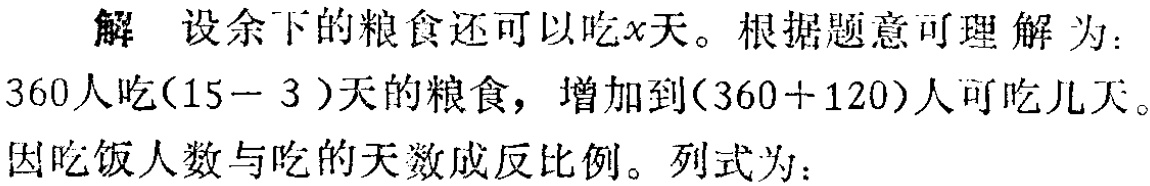
解 设余下的粮食还可以吃\(x\)天。根据题意可理解为：
\(360\)人吃\((15 - 3)\)天的粮食，增加到\((360 + 120)\)人可吃几天。
因吃饭人数与吃的天数成反比例。列式为：